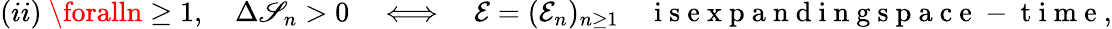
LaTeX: (ii)\ \foralln\geq1,\quad\Delta\mathscr{S}_{n}>0\quad\Longleftrightarrow\quad{\mathcal{E}}=({\mathcal{E}_{n}})_{n\geq1}\quad\mathrm{{~i~s~e~x~p~a~n~d~i~n~g~s~p~a~c~e~-~t~i~m~e~}},